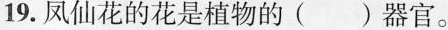
19.凤仙花的花是植物的( )器官。